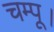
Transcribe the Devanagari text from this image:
चम्पू।